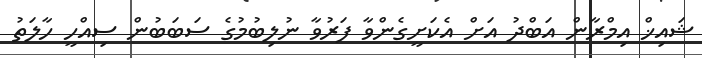
ޝައިޚް އިމްރާން އަބްދު އަށް އެކަށީގެންވާ ފަރުވާ ނުލިބުމުގެ ސަބަބުން ސިއްހީ ހާލަތު